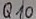
Text: Q10